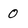
Character: 0